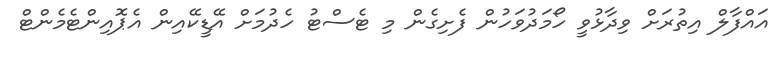
އައްފާލް އިތުރަށް ވިދާޅުވީ ހޯމަދުވަހުން ފެށިގެން މި ޓެސްޓު ހެދުމަށް އޭޑީކޭއިން އެޕޮއިންޓެމެންޓް